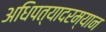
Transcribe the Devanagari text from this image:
अधिपत्यादरम्यान